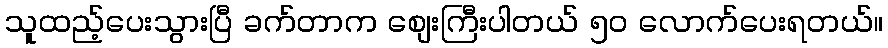
သူထည့်ပေးသွားပြီ ခက်တာက စျေးကြီးပါတယ် ၅၀ လောက်ပေးရတယ်။